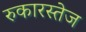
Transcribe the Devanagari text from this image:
रुकारस्तेज